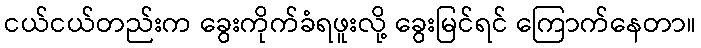
ငယ်ငယ်တည်းက ခွေးကိုက်ခံရဖူးလို့ ခွေးမြင်ရင် ကြောက်နေတာ။